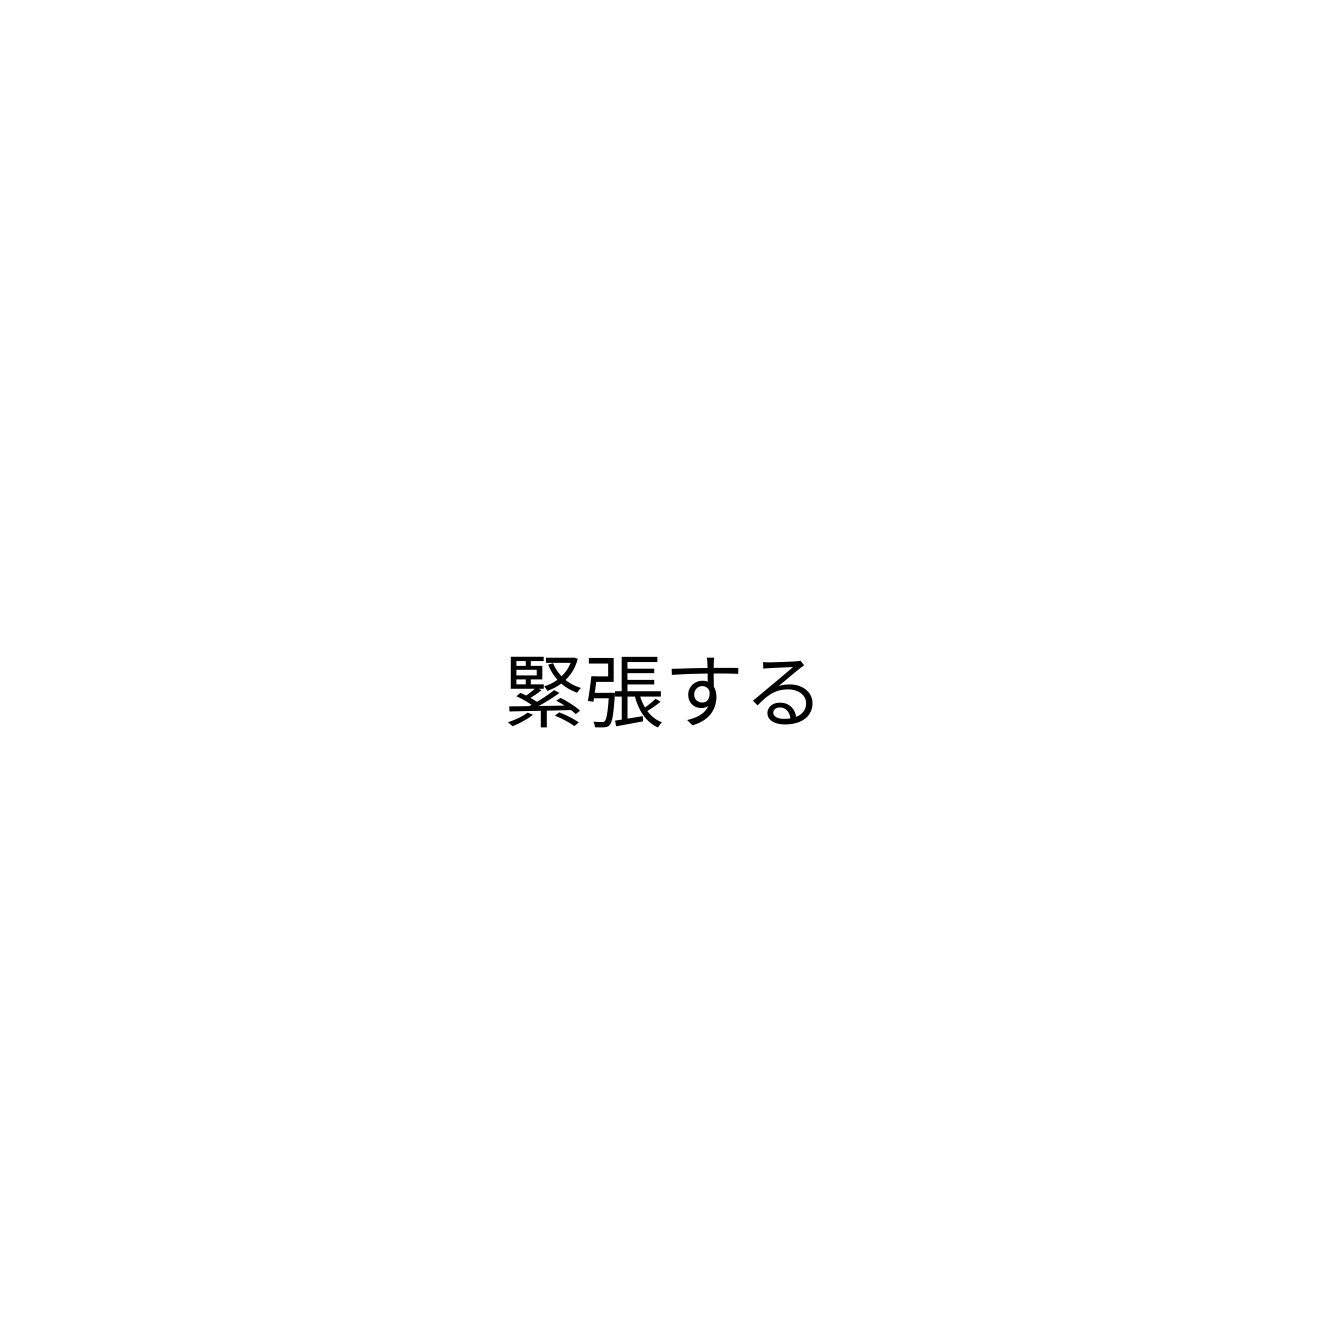
緊張する